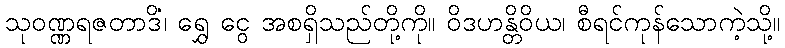
သုဝဏ္ဏရဇတာဒိံ၊ ရွှေ ငွေ အစရှိသည်တို့ကို။ ဝိဒဟန္တိဝိယ၊ စီရင်ကုန်သောကဲ့သို့။